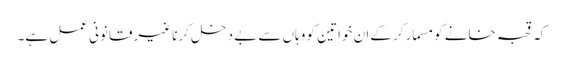
کہ قحبہ خانے کو مسمار کرکے ان خواتین کو وہاں سے بے دخل کرنا غیرقانونی عمل ہے۔